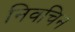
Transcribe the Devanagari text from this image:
निवचिन